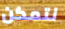
نتمكن